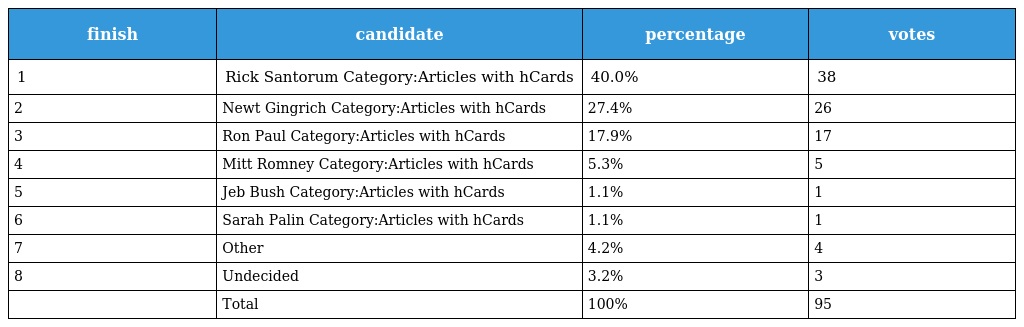
| finish | candidate | percentage | votes |
 | --- | --- | --- | --- |
 | 1 | Rick Santorum Category:Articles with hCards | 40.0% | 38 |
 | 2 | Newt Gingrich Category:Articles with hCards | 27.4% | 26 |
 | 3 | Ron Paul Category:Articles with hCards | 17.9% | 17 |
 | 4 | Mitt Romney Category:Articles with hCards | 5.3% | 5 |
 | 5 | Jeb Bush Category:Articles with hCards | 1.1% | 1 |
 | 6 | Sarah Palin Category:Articles with hCards | 1.1% | 1 |
 | 7 | Other | 4.2% | 4 |
 | 8 | Undecided | 3.2% | 3 |
 |  | Total | 100% | 95 |